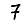
Digit: 7